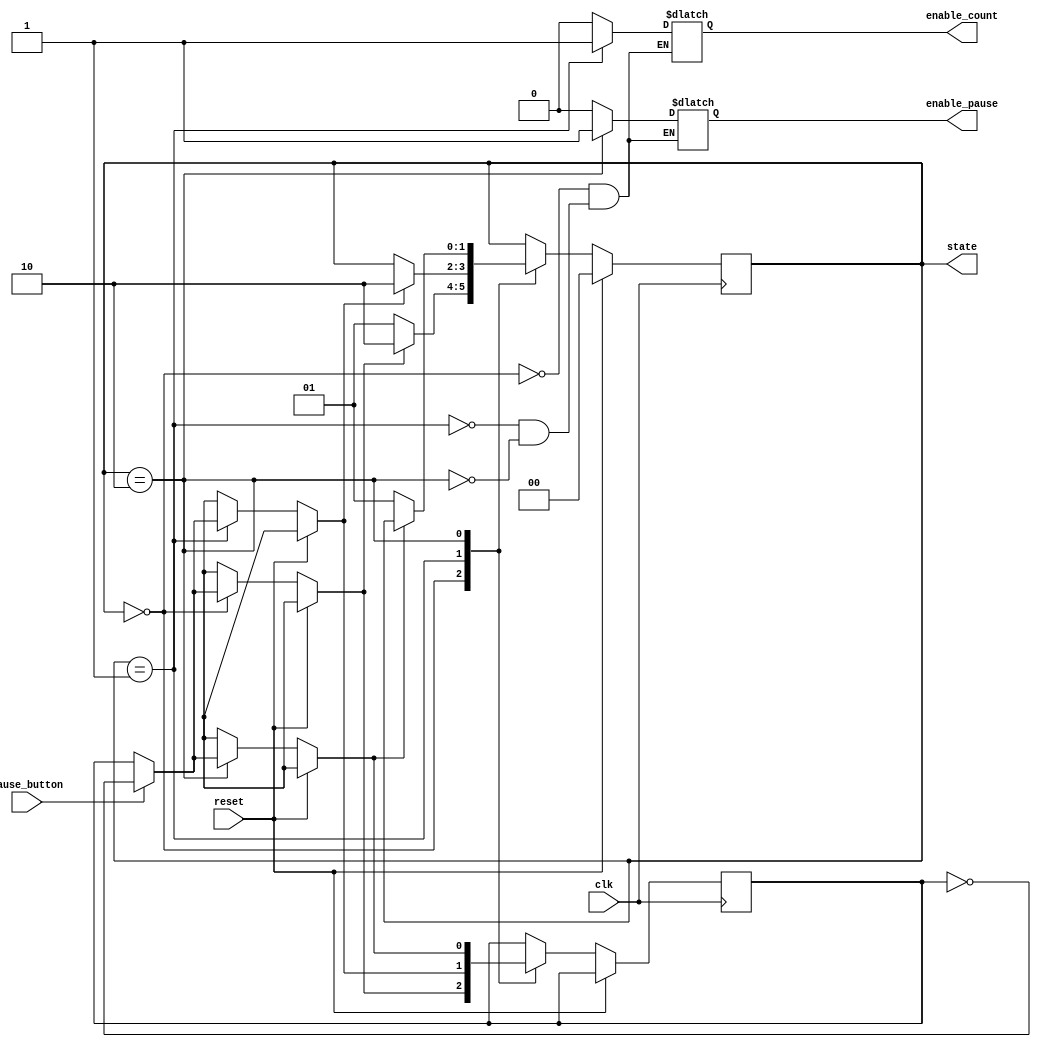
`timescale 1ns / 1ps


module arbiter (
    input wire clk,
    input wire reset,
    input wire pause_button, //wire pause_button **
    output reg enable_pause,
    output reg enable_count,
    output reg [1:0] state
);
    // Arbiter logic here

//reg pause =0; ***
    reg pause = 0;

    // State encoding
    parameter DEFAULT = 2'b00, COUNTING = 2'b01, PAUSED = 2'b10;  
    
    initial begin
        state <= DEFAULT;
//        state <= COUNTING;
//        enable_count <= 1;
    end

    // State transition logic
    always @(posedge clk) begin
         $display("%d", reset);
         $display("state: %b", state);
         $display("enable_pause: %b", enable_pause);
         $display("enable_count: %b", enable_count);
        if (reset) begin
            $display("reset");
            state <= DEFAULT;
        end else begin
            case (state)
                DEFAULT: begin
                    $display("default");
                    //if (pause_button)
                        //pause <=~pause;
                    if (pause_button)
                    begin
                        pause = ~pause;
                    end
                    
                    if (!pause) 
                    begin
                        state <= COUNTING;
                    end
                    else begin
                        state <= PAUSED;
                    end
                    
                end
                COUNTING: begin
                    $display("counting");
                    if (pause_button)
                    begin
                        pause = ~pause;
                    end
                    
                    if (pause) 
                    begin
                        state <= PAUSED;
                    end
                end
                PAUSED: begin
                    $display("paused");
                    if (pause_button)
                    begin
                        pause = ~pause;
                    end
                    if (!pause) 
                    begin
                        state <= COUNTING;
                    end
                end
            endcase
        end
    end

    // Output logic
    always @(*) begin
        case (state)
            DEFAULT: begin
                $display("default enable");
                enable_pause = 0;
                enable_count = 0; 


            end
            COUNTING: begin
                $display("counting enable");
                enable_pause = 0;
                enable_count = 1;
            end
            PAUSED: begin
                $display("paused enable");
                enable_pause = 1;
                enable_count = 0;
            end
        endcase
    end

endmodule